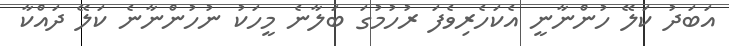
އަބަދު ކަލޭ ހުންނާނީ އެކަހެރިވެފަ ރުހުމުގަ ބަލާނެ މީހަކު ނުހުންނާނެ ކަލޭ ދައްކާ